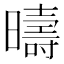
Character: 𣋬